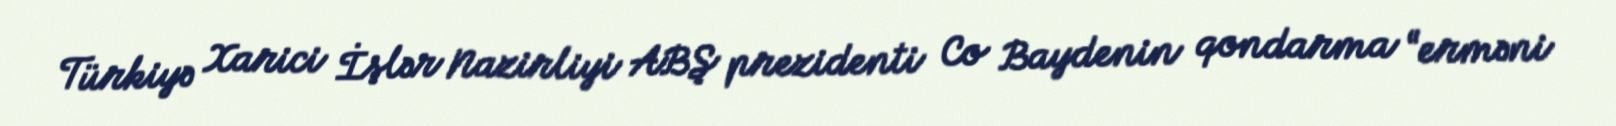
Türkiyə Xarici İşlər Nazirliyi ABŞ prezidenti Co Baydenin qondarma “erməni